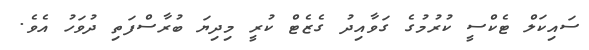
ސައިކަލް ޓެކްސީ ކުރުމުގެ ގަވާއިދު ގެޒެޓް ކުރީ މިދިޔަ ބުރާސްފަތި ދުވަހު އެވެ.